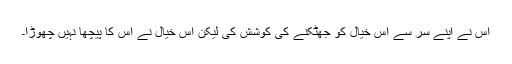
اس نے اپنے سر سے اس خیال کو جھٹکنے کی کوشش کی لیکن اس خیال نے اس کا پیچھا نہیں چھوڑا۔